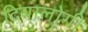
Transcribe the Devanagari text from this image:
दियालोगी